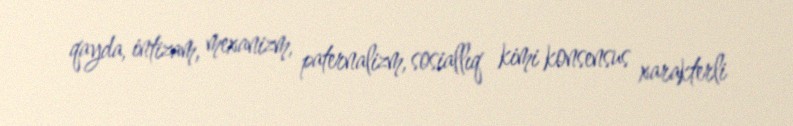
qayda, intizam, mexanizm, paternalizm, sosiallıq kimi konsensus xarakterli